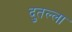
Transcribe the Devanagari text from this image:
दुतल्ला